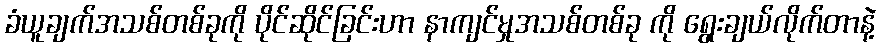
ခံယူချက်အသစ်တစ်ခုကို ပိုင်ဆိုင်ခြင်းဟာ နာကျင်မှုအသစ်တစ်ခု ကို ရွေးချယ်လိုက်တာနဲ့